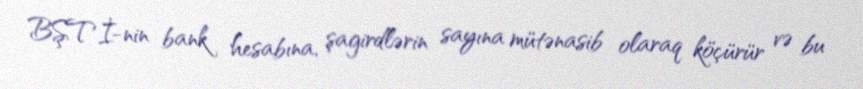
BŞTİ-nin bank hesabına, şagirdlərin sayına mütənasib olaraq köçürür və bu